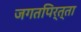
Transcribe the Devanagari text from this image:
जगतपिर्त्ता